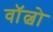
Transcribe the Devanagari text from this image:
वाॅल्वो